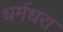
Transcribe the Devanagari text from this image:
धर्मधरा